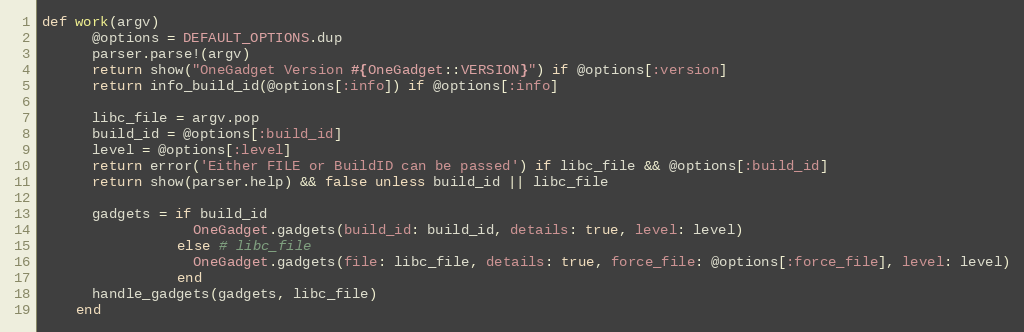
Language: Ruby
def work(argv)
      @options = DEFAULT_OPTIONS.dup
      parser.parse!(argv)
      return show("OneGadget Version #{OneGadget::VERSION}") if @options[:version]
      return info_build_id(@options[:info]) if @options[:info]

      libc_file = argv.pop
      build_id = @options[:build_id]
      level = @options[:level]
      return error('Either FILE or BuildID can be passed') if libc_file && @options[:build_id]
      return show(parser.help) && false unless build_id || libc_file

      gadgets = if build_id
                  OneGadget.gadgets(build_id: build_id, details: true, level: level)
                else # libc_file
                  OneGadget.gadgets(file: libc_file, details: true, force_file: @options[:force_file], level: level)
                end
      handle_gadgets(gadgets, libc_file)
    end